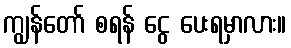
ကျွန်တော် စရန် ငွေ ပေးရမှာလား။